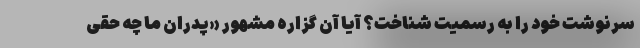
سرنوشت خود را به رسمیت شناخت؟ آیا آن گزاره مشهور «پدران ما چه حقی